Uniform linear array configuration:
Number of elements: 12
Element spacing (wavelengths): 0.75
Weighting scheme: uniform
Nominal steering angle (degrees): -45
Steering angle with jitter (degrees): -44.313
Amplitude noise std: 0.05
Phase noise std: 0.05

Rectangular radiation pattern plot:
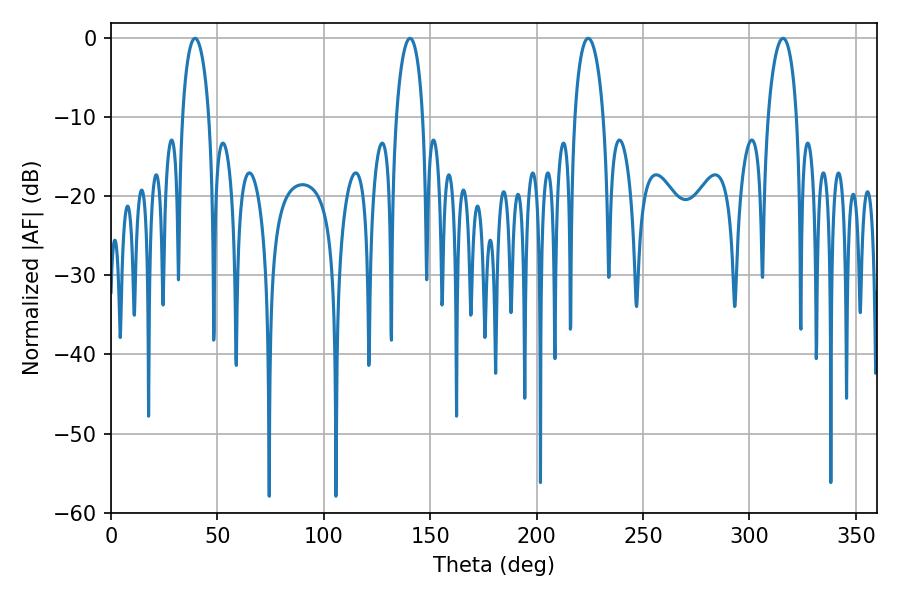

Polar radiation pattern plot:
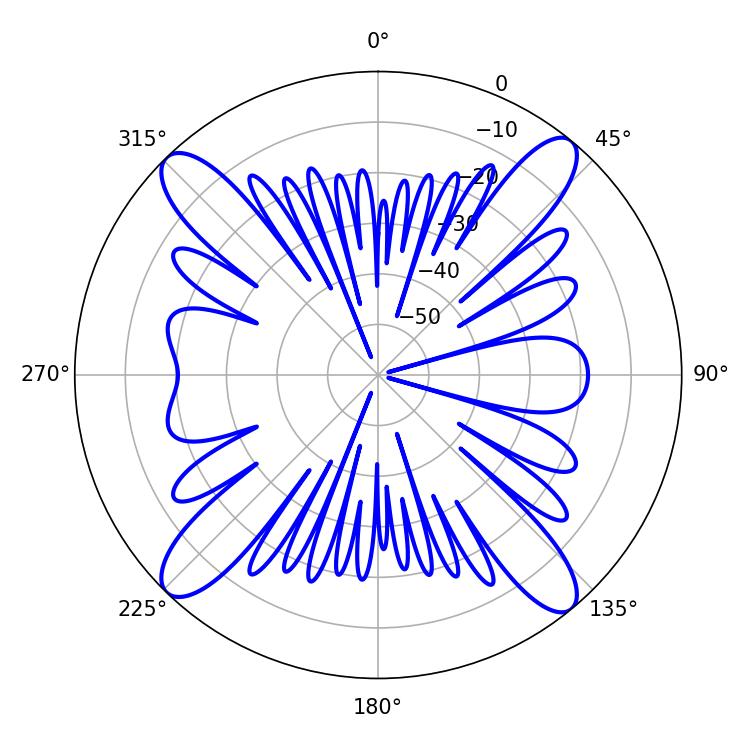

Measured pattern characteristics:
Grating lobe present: TRUE
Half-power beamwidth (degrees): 7.74
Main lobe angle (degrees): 224.28